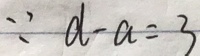
\because d - a = 3